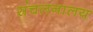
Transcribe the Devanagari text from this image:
संचलनालय